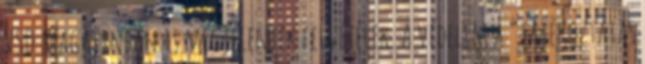
VSD magazinban is megjelentek felvételek. A védelem a “tájékoztatás